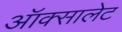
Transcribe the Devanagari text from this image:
ऑक्सालेट